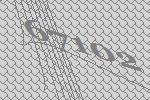
67102